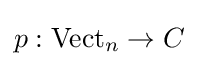
p:\operatorname {Vect} _{n}\to C